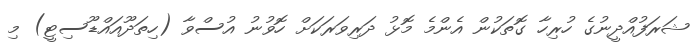
ޝަރަފުއްދީނުގެ ހުރިހާ ގޮތަކުން އެންމެ މޮޅު ދަރިވަރަކަށް ހޮވުނު އުސްވާ (ހިތަދޫއައްޑޫސިޓީ) މި